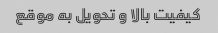
کیفیت بالا و تحویل به موقع